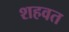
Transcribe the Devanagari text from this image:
शहवत